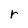
Character: r